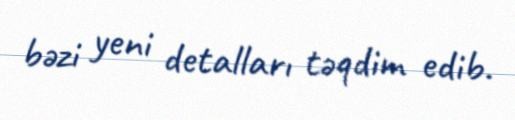
bəzi yeni detalları təqdim edib.